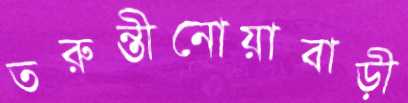
তরুন্তীনোয়াবাড়ী